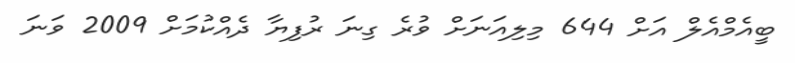
ބީއެމްއެލް އަށް 644 މިލިއަނަށް ވުރެ ގިނަ ރުފިޔާ ދެއްކުމަށް 2009 ވަނަ